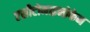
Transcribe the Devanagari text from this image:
एसीटोमाइनोफेन